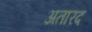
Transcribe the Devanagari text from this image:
अतारद